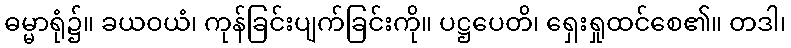
ဓမ္မာရုံ၌။ ခယဝယံ၊ ကုန်ခြင်းပျက်ခြင်းကို။ ပဋ္ဌပေတိ၊ ရှေးရှုထင်စေ၏။ တဒါ၊